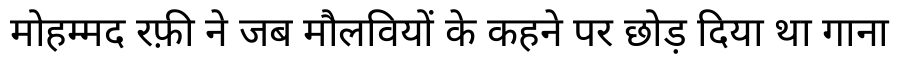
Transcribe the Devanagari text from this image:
मोहम्मद रफ़ी ने जब मौलवियों के कहने पर छोड़ दिया था गाना